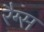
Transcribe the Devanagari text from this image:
रैग्स